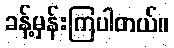
ခန့်မှန်းကြပါတယ်။